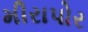
મીરાપોર